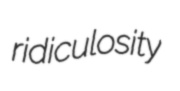
ridiculosity